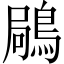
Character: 𪁵